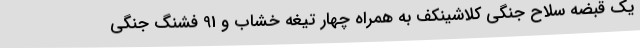
یک قبضه سلاح جنگی کلاشینکف به همراه چهار تیغه خشاب و 91 فشنگ جنگی